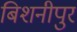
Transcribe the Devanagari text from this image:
बिशनीपुर